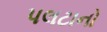
પલટાનો